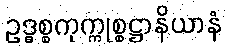
ဥဒ္ဓစ္စကုက္ကုစ္စဋ္ဌာနိယာနံ